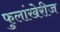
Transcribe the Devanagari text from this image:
फुलांखेरीज